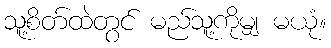
သူ့စိတ်ထဲတွင် မည်သူ့ကိုမျှ မယုံ။